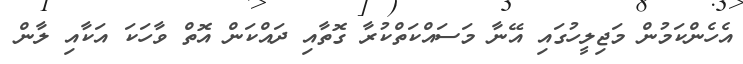
އެހެންކަމުން މަޖިލީހުގައި އޭނާ މަސައްކަތްކުރާ ގޮތާއި ދައްކަން އޮތް ވާހަކަ އަކާއި ލާން